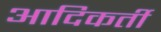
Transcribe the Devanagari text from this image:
आदिकर्ती